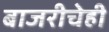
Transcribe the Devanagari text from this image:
बाजरीचेही